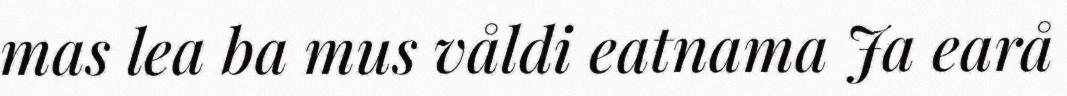
mas lea ba mus våldi eatnama Ja earå